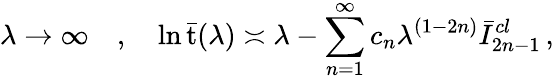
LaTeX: \lambda\rightarrow\infty\quad,\quad\ln\bar{\mathrm{t}}(\lambda)\asymp\lambda-\sum_{n=1}^{\infty}c_{n}\lambda^{(1-2n)}\bar{I}_{2n-1}^{cl}\, ,